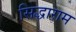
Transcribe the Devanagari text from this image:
सिद्धाराम